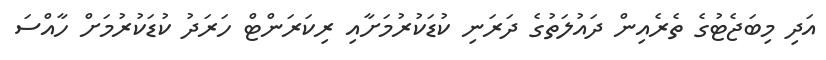
އަދި މިބަޖެޓުގެ ތެރެއިން ދައުލަތުގެ ދަރަނި ކުޑަކުރުމަށާއި ރިކަރަންޓް ހަރަދު ކުޑަކުރުމަށް ހާއްސަ